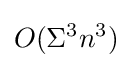
O(\Sigma ^{3}n^{3})